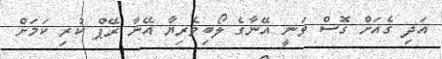
އަދި ގެއަށް ގޮސް ވަނީ އޭނާގެ ލޯބިވެރިޔާ އޭނާ ރޭޕް ކުރި ކަމަށް